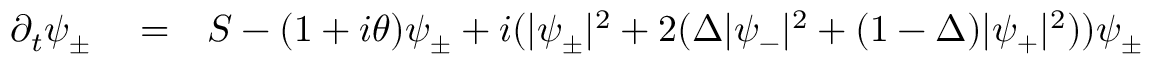
\begin{array} { r l r } { \partial _ { t } \psi _ { \pm } } & { { } = } & { S - ( 1 + i \theta ) \psi _ { \pm } + i ( | \psi _ { \pm } | ^ { 2 } + 2 ( \Delta | \psi _ { - } | ^ { 2 } + ( 1 - \Delta ) | \psi _ { + } | ^ { 2 } ) ) \psi _ { \pm } } \end{array}